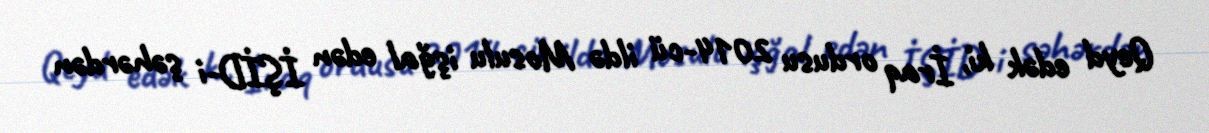
Qeyd edək ki, İraq ordusu 2014-cü ildə Mosulu işğal edən İŞİD-i şəhərdən